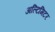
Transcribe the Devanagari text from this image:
अल्टिमिटर